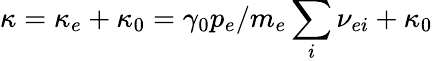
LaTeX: \kappa=\kappa_{e}+\kappa_{0}=\gamma_{0}p_{e}/m_{e}\sum_{i}\nu_{ei}+\kappa_{0}